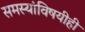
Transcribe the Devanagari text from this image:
समस्यांविषयीही